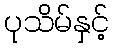
ပုသိမ်နှင့်